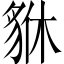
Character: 貅